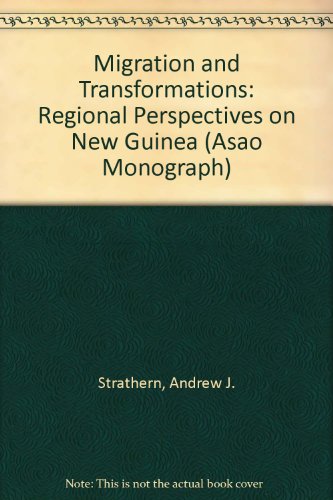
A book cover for Migration and Transformations: Regional Perspectives on New Guinea (Asao Monograph); Andrew J. Strathern; History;